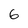
Character: 6